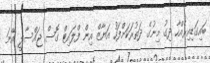
ބައިގަޑިއިރެއްހާ ދިގު މިނުގެ ދަތުރަކަށްފަހު އަޔާޒް އިން ފްލައިޓް ގޮސް ޖައްސާލީ އޭނަ